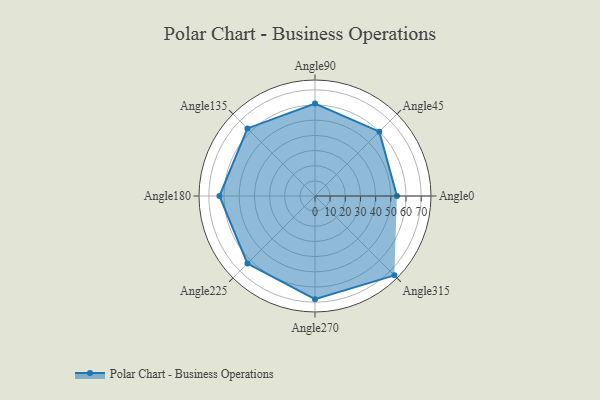
{"axis": {"x": "Angle", "y": "Radius"}, "legend": [""], "data": [{"x": "Angle0", "y": 54.0, "type": ""}, {"x": "Angle45", "y": 60.0, "type": ""}, {"x": "Angle90", "y": 61.0, "type": ""}, {"x": "Angle135", "y": 63.0, "type": ""}, {"x": "Angle180", "y": 63.0, "type": ""}, {"x": "Angle225", "y": 63.0, "type": ""}, {"x": "Angle270", "y": 68.0, "type": ""}, {"x": "Angle315", "y": 74.0, "type": ""}]}